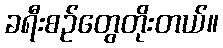
ခရီးစဉ်တွေတိုးတယ်။